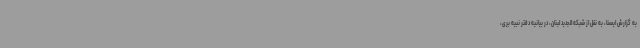
به گزارش ایسنا، به نقل از شبکه الجدید لبنان، در بیانیه دفتر نبیه بری،